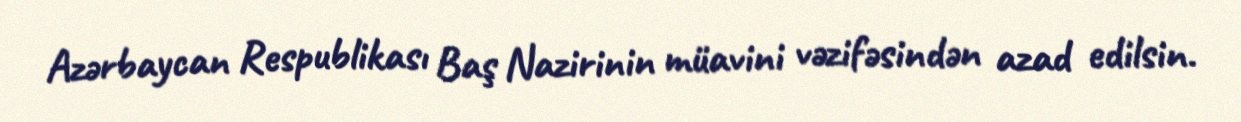
Azərbaycan Respublikası Baş Nazirinin müavini vəzifəsindən azad edilsin.